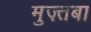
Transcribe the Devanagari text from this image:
मुज़्तबा